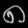
Digit: ၈